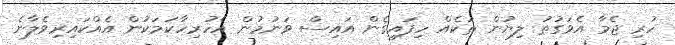
ހުރި ޖެމާ އެވަގުތު ލިޔުން ތަކެއް ހިފައިގެން އައިސް ވަނުމުން އެހުރިހާކަމަކުން އެއްކައިރިވެލާނެ